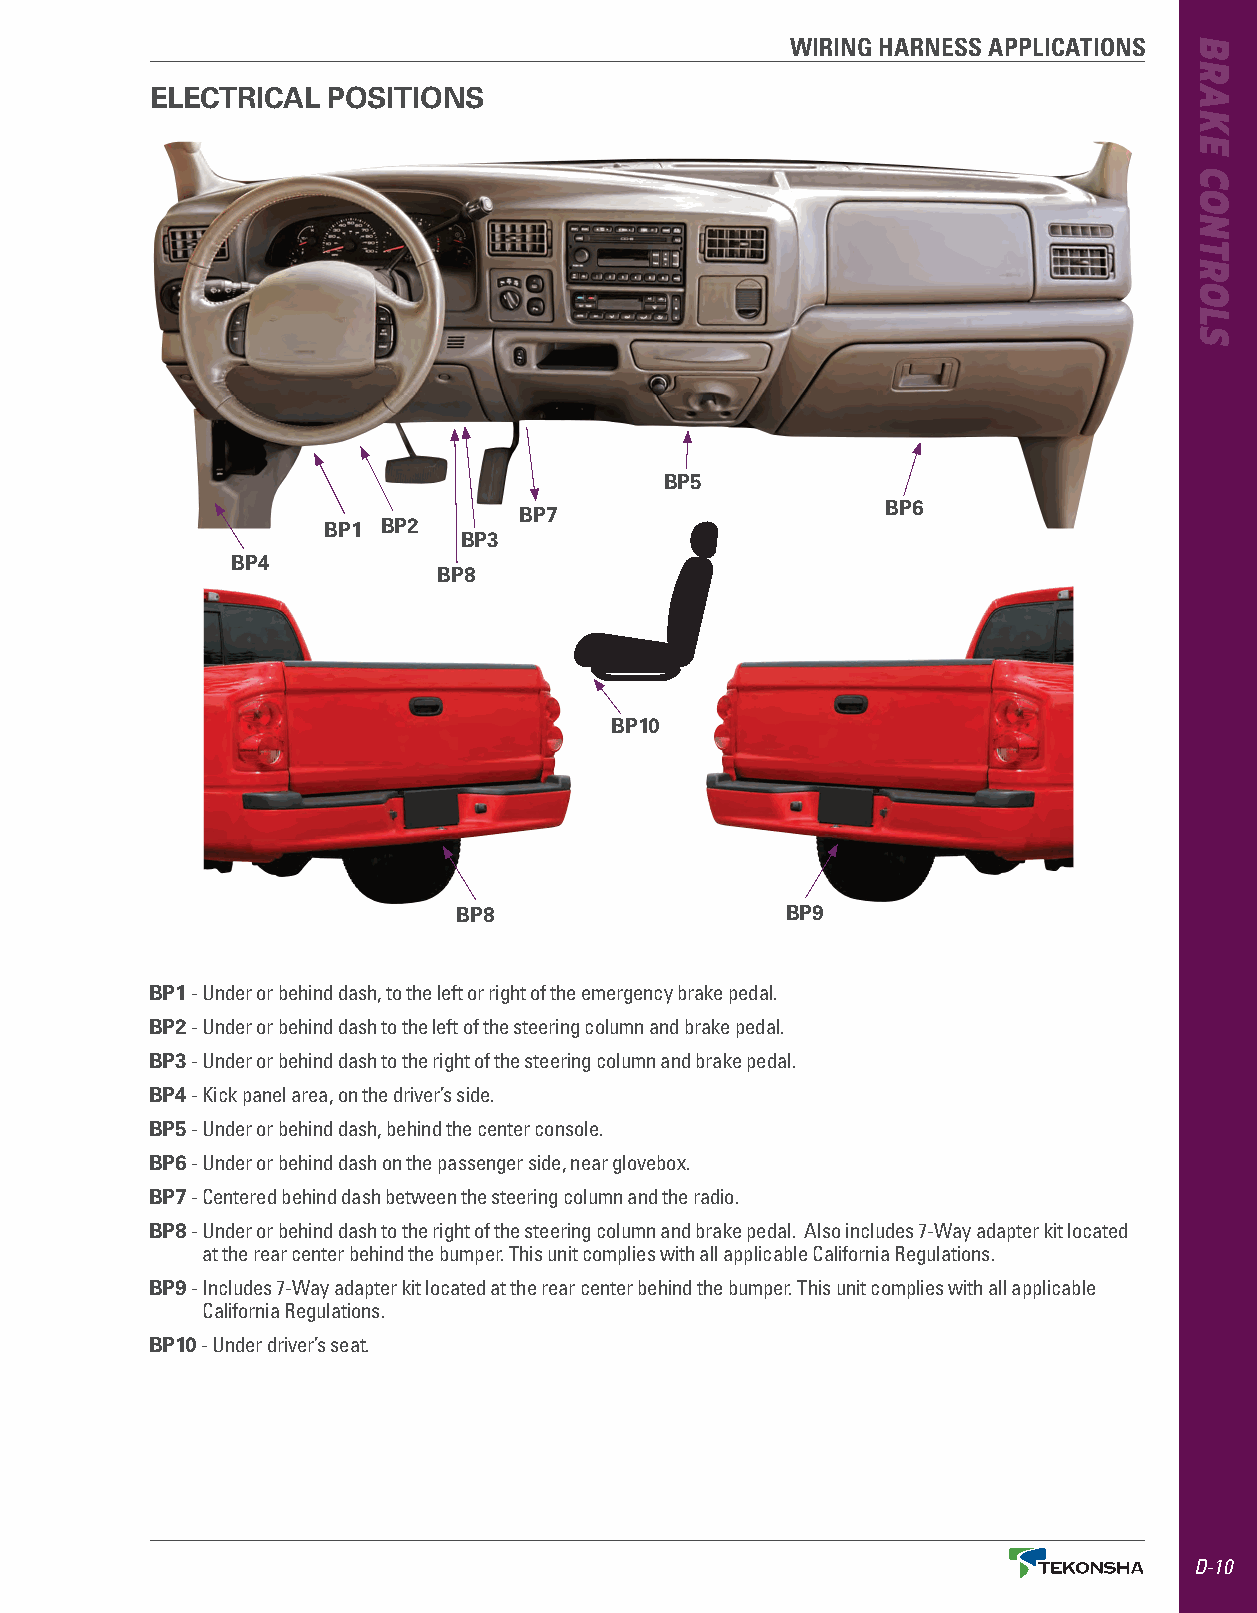
WIRING HARNESS APPLICATIONS
 ELECTRICAL  POSITIONS
 BP5
 BP6
 BP1 BP2
 BP7
 BP3
 BP4
 BP8
 BP10
 BP8                   BP9
 BP1 - U nder or behind dash, to the left or right of the emergency brake pedal .
 BP2 - U nder or behind dash to the left of the steering column and brake pedal .
 BP3 - U nder or behind dash to the right of the steering column and brake pedal .
 BP4 - Kick panel area, on the driver’s side .
 BP5 - Under or behind dash, behind the center console .
 BP6 - U nder or behind dash on the passenger side, near glovebox .
 BP7 - C entered behind dash between the steering column and the radio .
 BP8 - U nder or behind dash to the right of the steering column and brake pedal . Also includes 7-Way adapter kit located
 at the rear center behind the bumper . This unit complies with all applicable California Regulations .
 BP9 - I ncludes 7-Way adapter kit located at the rear center behind the bumper . This unit complies with all applicable
 California Regulations .
 BP10 - Under driver’s seat .
 D-10
 BRAKE
 CONTROLS